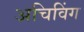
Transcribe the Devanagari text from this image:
अचिविंग